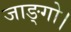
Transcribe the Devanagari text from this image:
जाङ्गो।